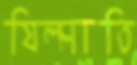
যিল্লাতি